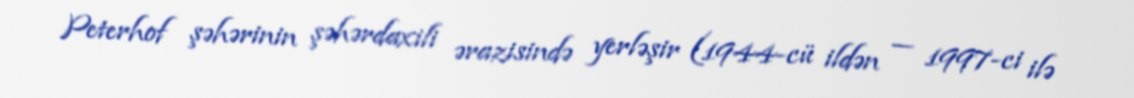
Peterhof şəhərinin şəhərdaxili ərazisində yerləşir (1944-cü ildən — 1997-ci ilə